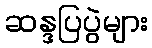
ဆန္ဒပြပွဲများ